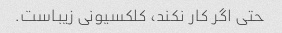
حتی اگر کار نکند، کلکسیونی زیباست.